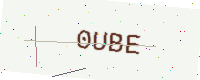
Text: 0UBE